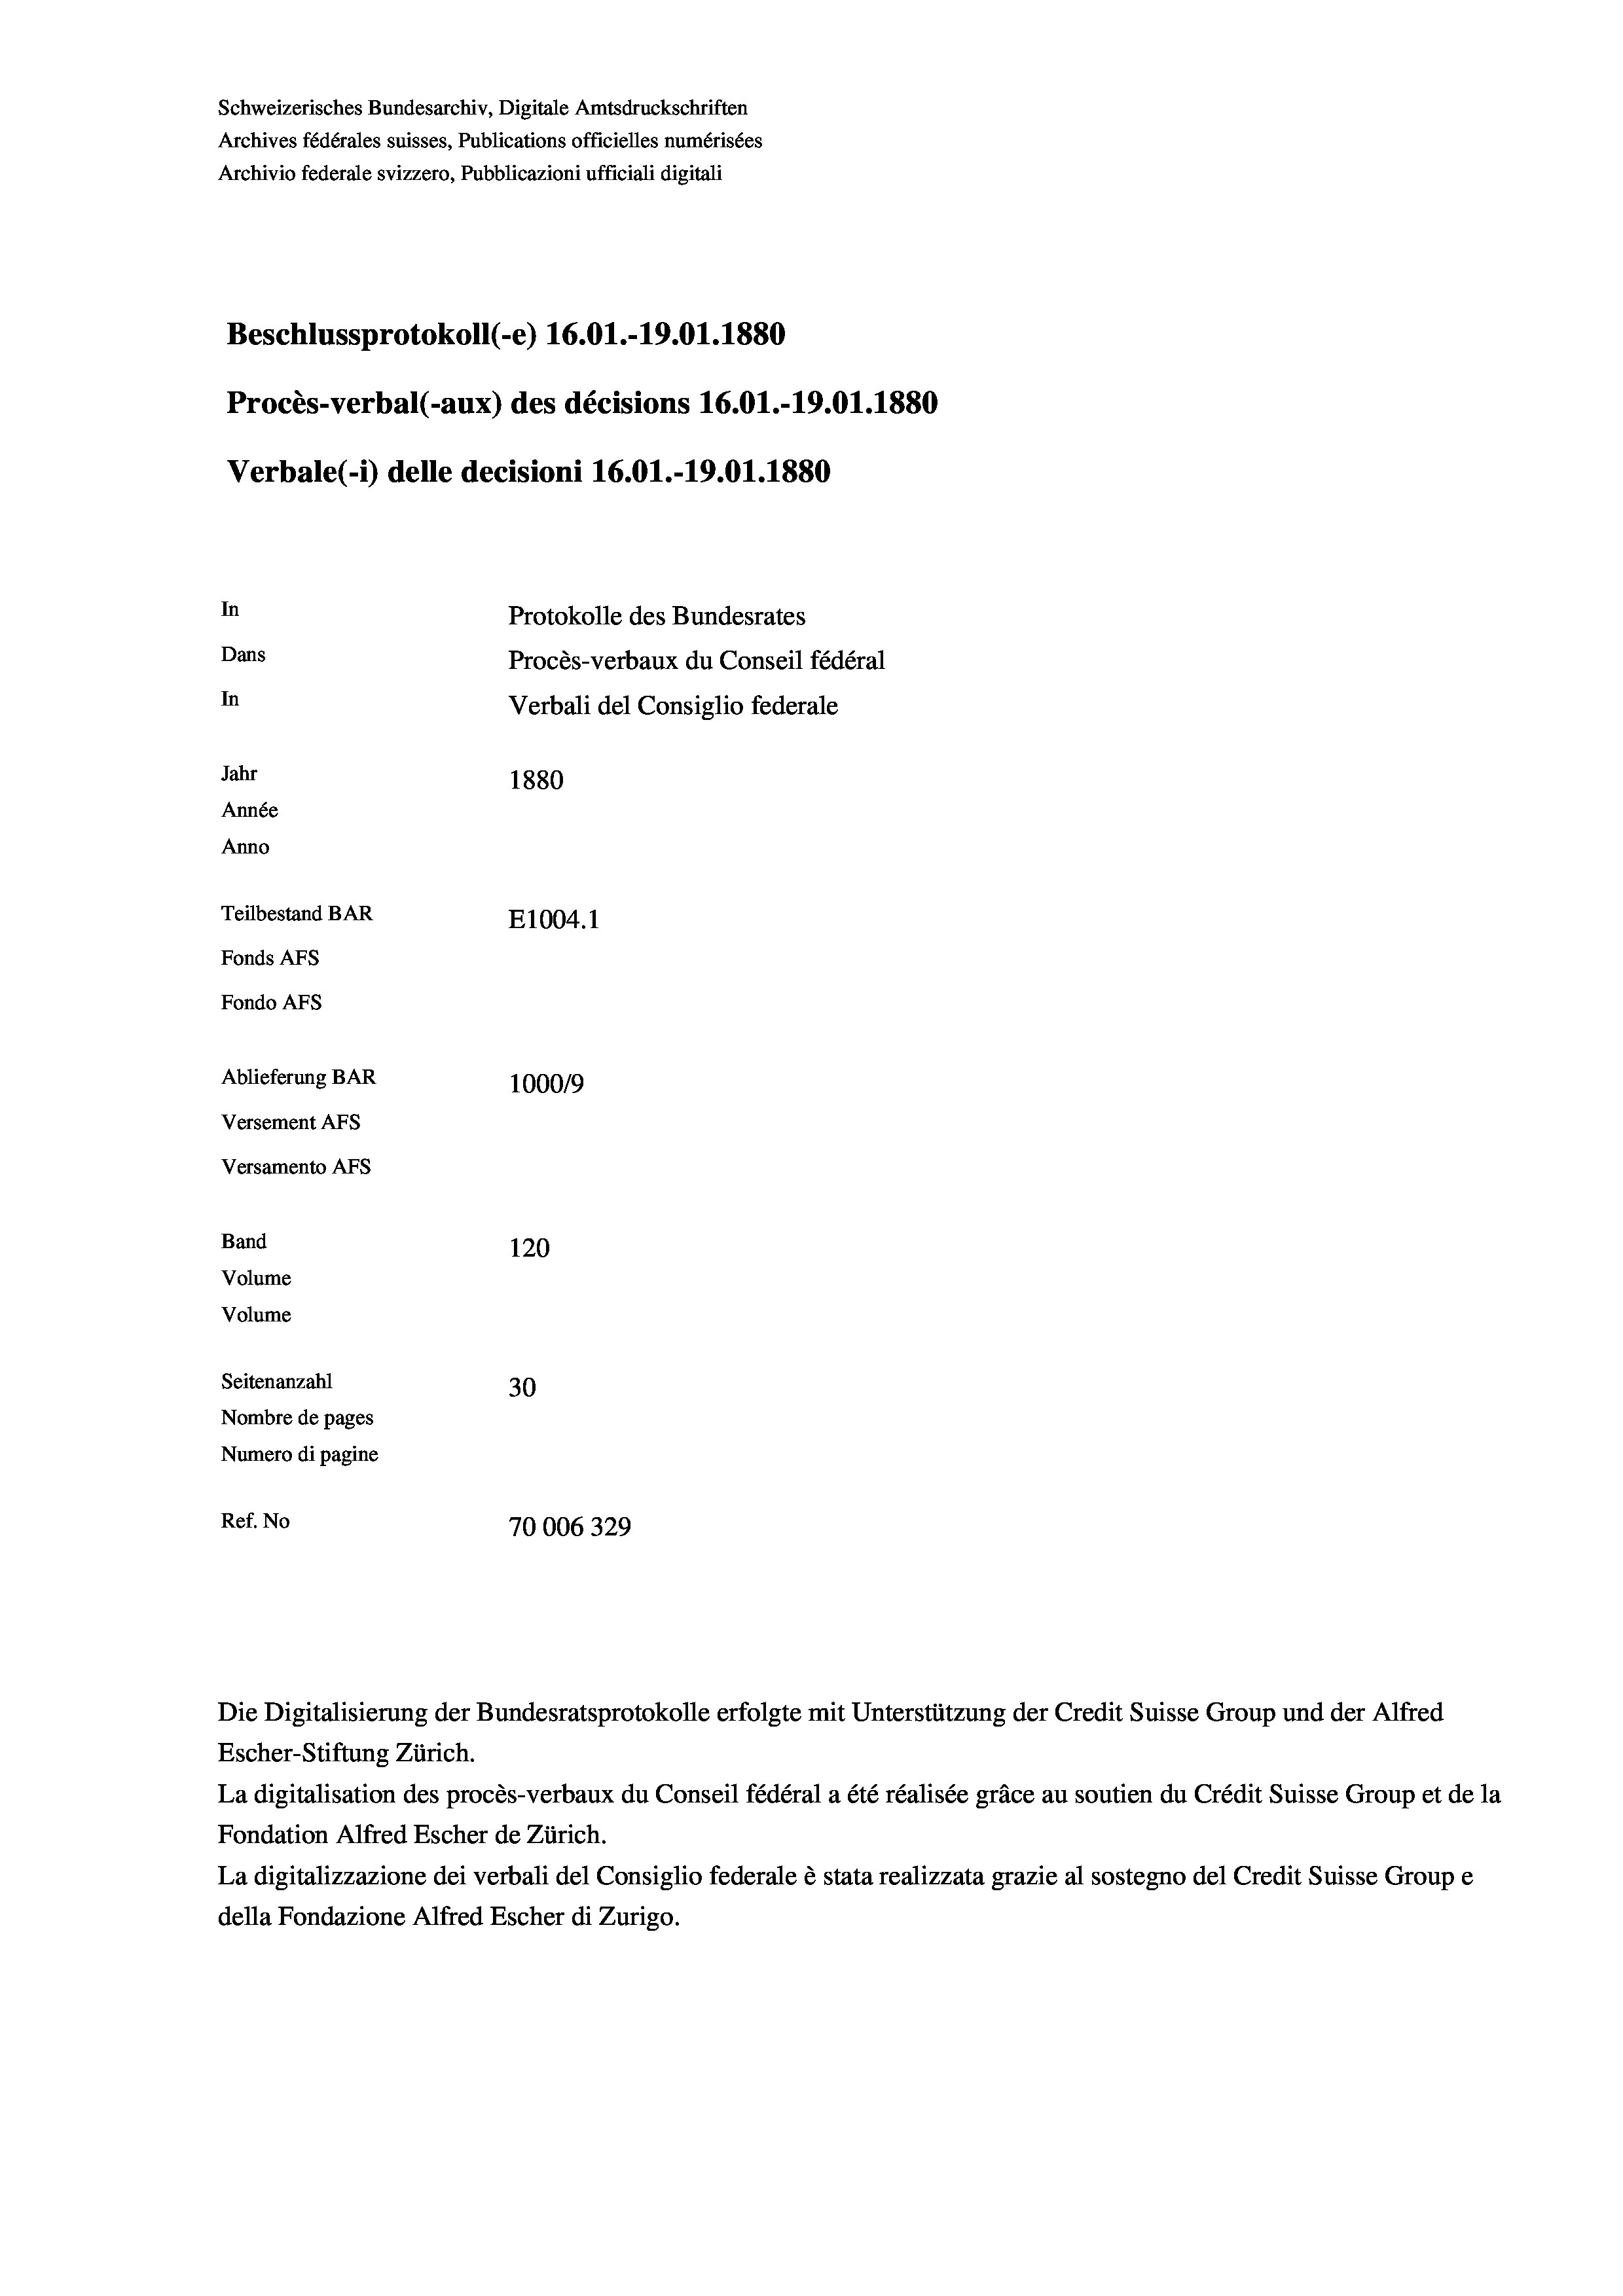
Schweizerisches Bundesarchiv, Digitale Amtsdruckschriften
Archives fédérales suisses, Publications officielles numérisées
Archivio federale svizzero, Pubblicazioni ufficiali digitali
Beschlussprotokoll (-e) 16.01.-19.01. 1880
Procès-verbal (-aux) des décisions 16.01.-19.01.1880
Verbale(-*) delle decisioni 16.01.-19.01.1880
In
Protokolle des Bundesrates
Dans
Procès-verbaux du Conseil fédéral
In
Verbali del Consiglio federale
Jahr
1880
Année
Anno
Teilbestand BAR
E1004.1
Fonds AFs
Fondo AFS
Ablieferung BAR
100019
Versement AFs
Versamento AFs
Band
120
Volume
Volume

Seitenanzahl
30
Nombre de pages
Numero di pagine
Ref. No
70006329

Die Digitalisierung der Bundesratsprotokolle erfolgte mit Unterstützung der Credit Suisse Group und der Alfred
Escher-Stiftung Zürich.
La digitalisation des procès-verbaux du Conseil fédéral a été réalisée gräce au soutien du Crédit Suisse Group et de la
Fondation Alfred Escher de Zürich.
La digitalizzazione dei verbali del Consiglio federale è stata realizzata grazie al sostegno del Credit Suisse Groupe
della Fondazione Alfred Escher di Zurigo.